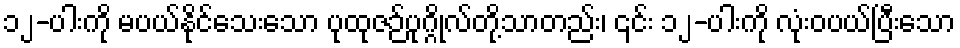
၁၂-ပါးကို မပယ်နိုင်သေးသော ပုထုဇဉ်ပုဂ္ဂိုလ်တို့သာတည်း၊ ၎င်း ၁၂-ပါးကို လုံးဝပယ်ပြီးသော